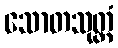
သောတသုတ္တံ